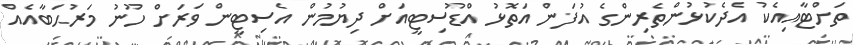
ތަށްޓާއިއެކު އެދެކުޅުންތެރިންގެ އުފަން އަތޮޅު އްޑޫސިޓީއަށް ދިޔުމުން އެސިޓީން ވަރަށް ހޫނު މަރުޙަބާއެއް